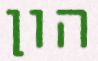
הון